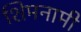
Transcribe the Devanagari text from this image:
शिमनामी